Plague in India, 1896, 1897 - Volume 1
Year: 1896
Disease focus: Plague
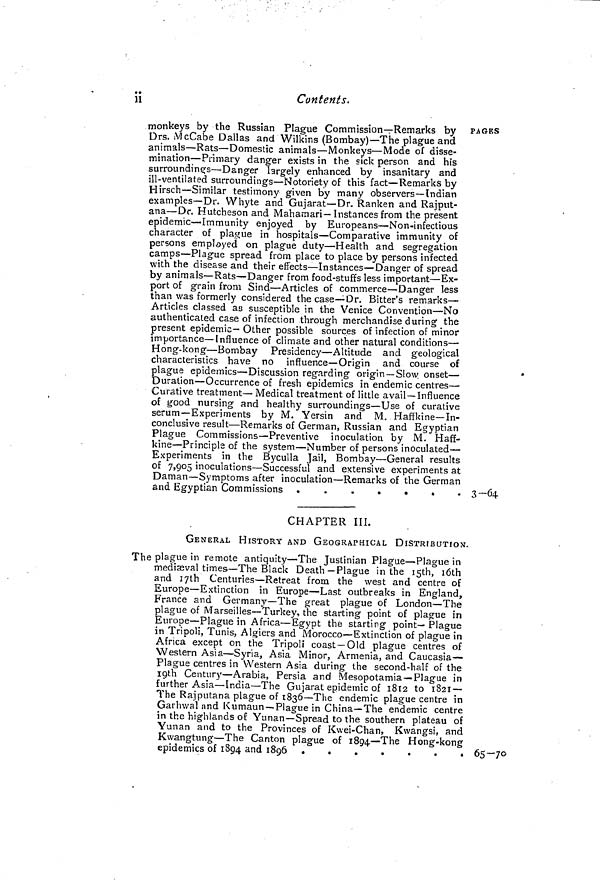
ii
Contents.
monkeys by the Russian Plague Commission—Remarks by
Drs. McCabe Dallas and Wilkins (Bombay)—The plague and
animals—Rats—Domestic animals—Monkeys—Mode of disse-
mination—Primary danger exists in the sick person and his
surroundings—Danger largely enhanced by insanitary and
ill-ventilated surroundings—Notoriety of this fact—Remarks by
Hirsch—Similar testimony given by many observers—Indian
examples—Dr. Whyte and Gujarat—Dr. Ranken and Rajput-
ana—Dr. Hutcheson and Mahamari—Instances from the present
epidemic—Immunity enjoyed by Europeans—Non-infectious
character of plague in hospitals—Comparative immunity of
persons employed on plague duty—Health and segregation
camps—Plague spread from place to place by persons infected
with the disease and their effects—Instances—Danger of spread
by animals—Rats—Danger from food-stuffs less important—Ex-
port of grain from Sind—Articles of commerce—Danger less
than was formerly considered the case—Dr. Bitter's remarks—
Articles classed as susceptible in the Venice Convention—No
authenticated case of infection through merchandise during the
present epidemic— Other possible sources of infection of minor
importance—Influence of climate and other natural conditions—
Hong-kong—Bombay Presidency—Altitude and geological
characteristics have no influence—Origin and course of
plague epidemics—Discussion regarding origin—Slow onset—
Duration—Occurrence of fresh epidemics in endemic centres—
Curative treatment—Medical treatment of little avail—Influence
of good nursing and healthy surroundings—Use of curative
serum—Experiments by M. Yersin and M. Haffkine—In-
conclusive result—Remarks of German, Russian and Egyptian
Plague Commissions—Preventive inoculation by M. Haff-
kine—Principle of the system—Number of persons inoculated—
Experiments in the Byculla Jail, Bombay—General results
of 7,905 inoculations—Successful and extensive experiments at
Daman—Symptoms after inoculation—Remarks of the German
and Egyptian Commissions .
.
.
.
.
.
.
PAGES
3-64
CHAPTER III.
GENERAL HISTORY AND GEOGRAPHICAL DISTRIBUTION.
The plague in remote antiquity—The Justinian Plague—Plague in
mediæval times—The Black Death—Plague in the I5th, 16th
and 17th Centuries—Retreat from the west and centre of
Europe—Extinction in Europe—Last outbreaks in England,
France and Germany—The great plague of London—The
plague of Marseilles—Turkey, the starting point of plague in
Europe—Plague in Africa—Egypt the starting point— Plague
in Tripoli, Tunis, Algiers and Morocco—Extinction of plague in
Africa except on the Tripoli coast—Old plague centres of
Western Asia—Syria, Asia Minor, Armenia, and Caucasia—
Plague centres in Western Asia during the second-half of the
igth Century—Arabia, Persia and Mesopotamia—Plague in
further Asia—India—The Gujarat epidemic of 1812 to 1821 —
The Rajputana plague of 1836—The endemic plague centre in
Garhwal and Kumaun—Plague in China— The endemic centre
in the highlands of Yunan—Spread to the southern plateau of
Yunan and to the Provinces of Kvvei-Chan, Kwangsi, and
Kwangtung—The Canton plague of 1894—The Hong-kong
epidemics of 1894 and 1896
65-70